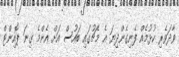
ވާދަވެރި ކުޅުމެއް ފެނިގެންދިޔަ އެ މެޗުގައި ބައުސް އަށް އެންމެ ގިނަ ޕޮއިންޓް